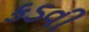
કડવી